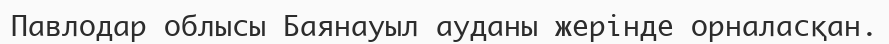
Павлодар облысы Баянауыл ауданы жерінде орналасқан.